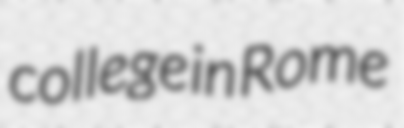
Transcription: college in Rome